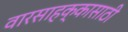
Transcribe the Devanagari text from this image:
वारसाहक्कासाठी